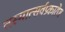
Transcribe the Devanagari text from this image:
तस्मात्सर्वप्रकारेण